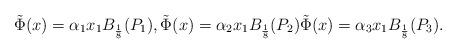
LaTeX: \begin{align*} \tilde{\Phi}(x) = \alpha_1x_1 B_{\frac{1}{8}}(P_1), \tilde{\Phi}(x) = \alpha_2x_1 B_{\frac{1}{8}}(P_2) \tilde{\Phi}(x) = \alpha_3x_1 B_{\frac{1}{8}}(P_3). \end{align*}